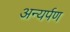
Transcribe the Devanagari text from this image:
अन्यर्पण